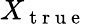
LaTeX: X_{\mathrm{~t~r~u~e~}}